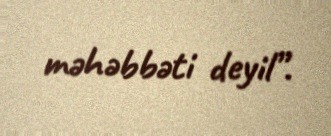
məhəbbəti deyil”.